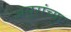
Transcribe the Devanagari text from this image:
असुरांच्या